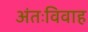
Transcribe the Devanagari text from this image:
अंतःविवाह